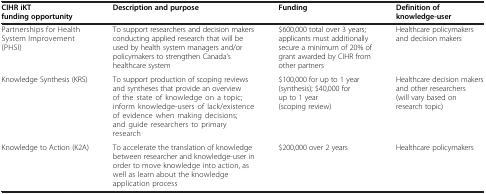
<table><thead><tr><td><b>CIHR iKT funding opportunity</b></td><td><b>Description and purpose</b></td><td><b>Funding</b></td><td><b>Definition of knowledge-user</b></td></tr></thead><tbody><tr><td>Partnerships for Health System Improvement (PHSI)</td><td>To support researchers and decision makers conducting applied research that will be used by health system managers and/or policymakers to strengthen Canada’s healthcare system</td><td>$600,000 total over 3 years; applicants must additionally secure a minimum of 20% of grant awarded by CIHR from other partners</td><td>Healthcare policymakers and decision makers</td></tr><tr><td>Knowledge Synthesis (KRS)</td><td>To support production of scoping reviews and syntheses that provide an overview of the state of knowledge on a topic; inform knowledge-users of lack/existence of evidence when making decisions; and guide researchers to primary research</td><td>$100,000 for up to 1 year (synthesis); $40,000 for up to 1 year (scoping review)</td><td>Healthcare decision makers and other researchers (will vary based on research topic)</td></tr><tr><td>Knowledge to Action (K2A)</td><td>To accelerate the translation of knowledge between researcher and knowledge-user in order to move knowledge into action, as well as learn about the knowledge application process</td><td>$200,000 over 2 years</td><td>Healthcare policymakers</td></tr></tbody></table>